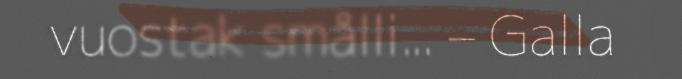
vuostak smålli... – Galla